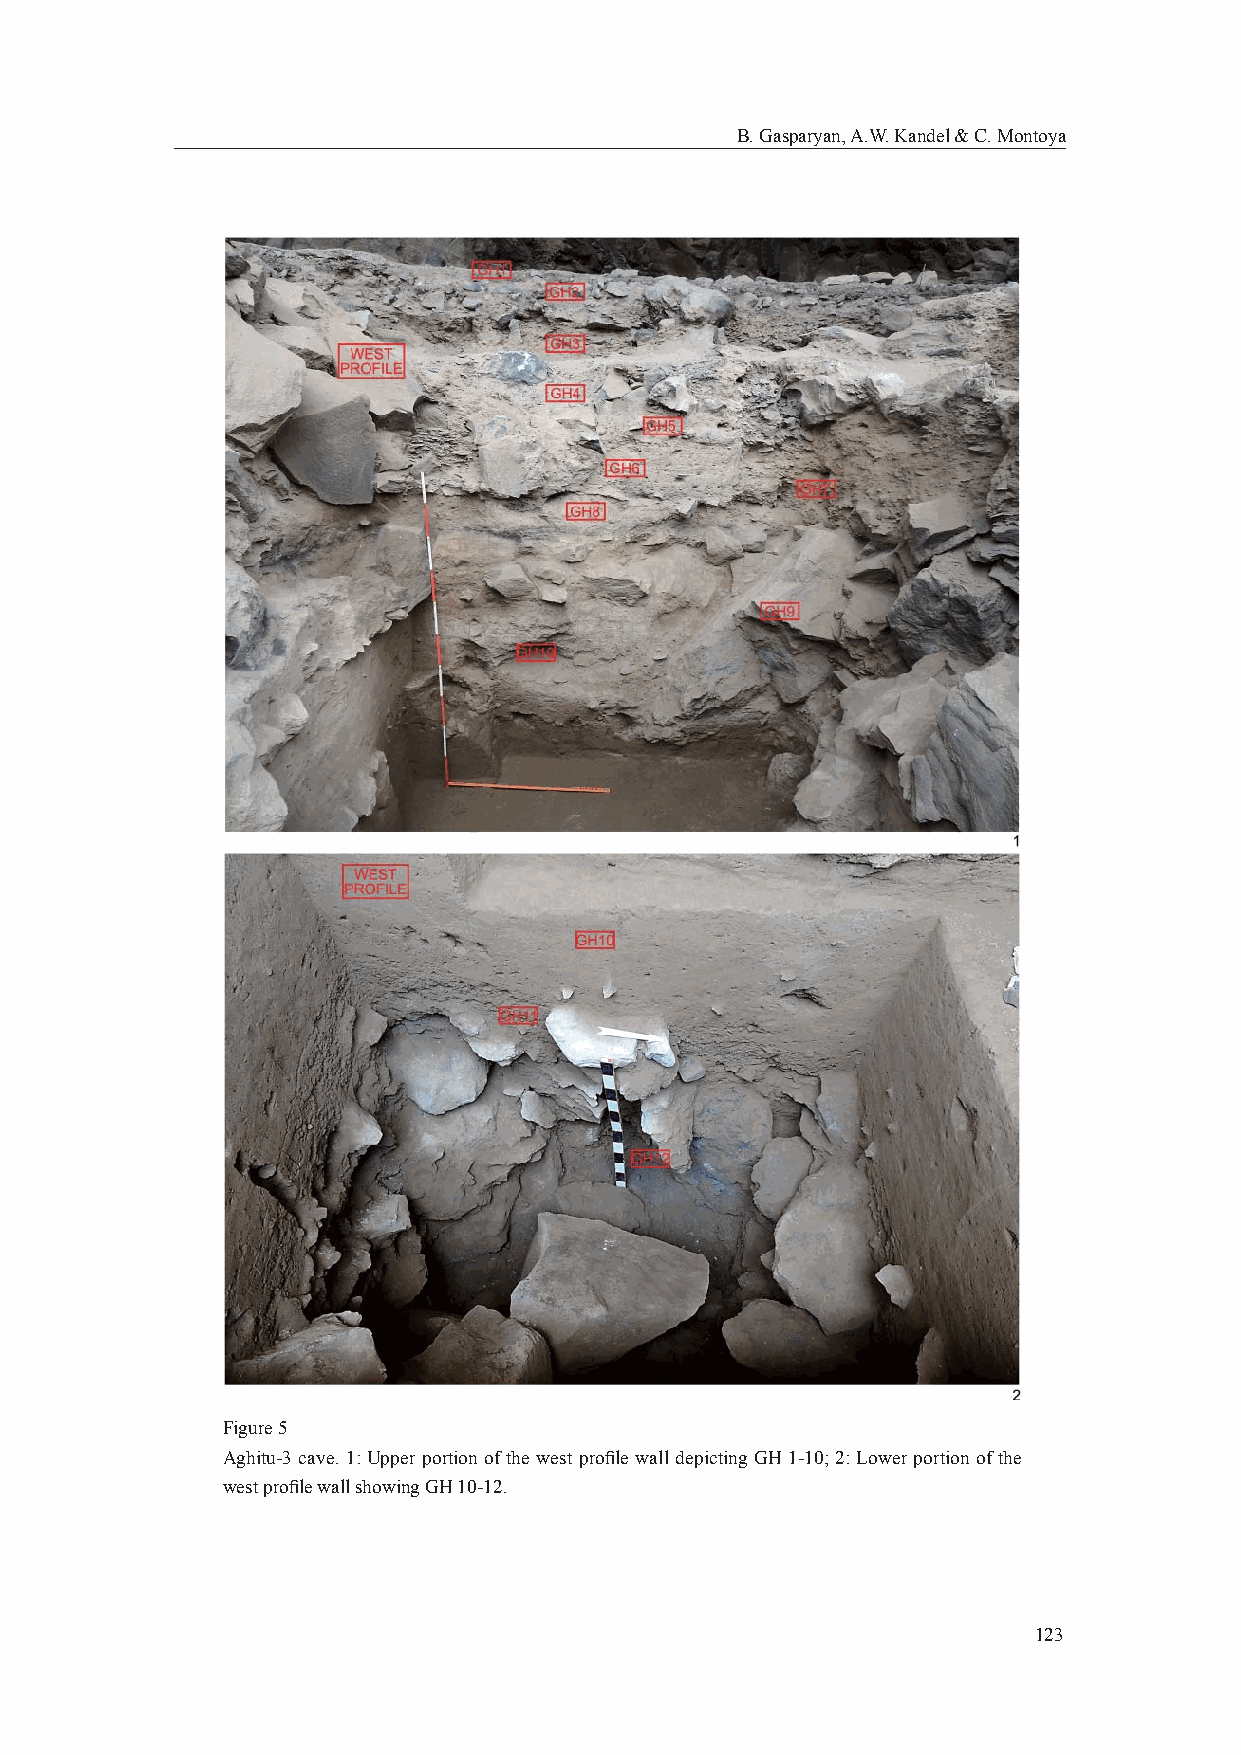
B. Gasparyan, A.W. Kandel & C. Montoya
 Figure 5
 Aghitu-3 cave. 1: Upper portion of the west profi le wall depicting GH 1-10; 2: Lower portion of the
 west profi le wall showing GH 10-12.
 123